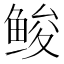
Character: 𱇳